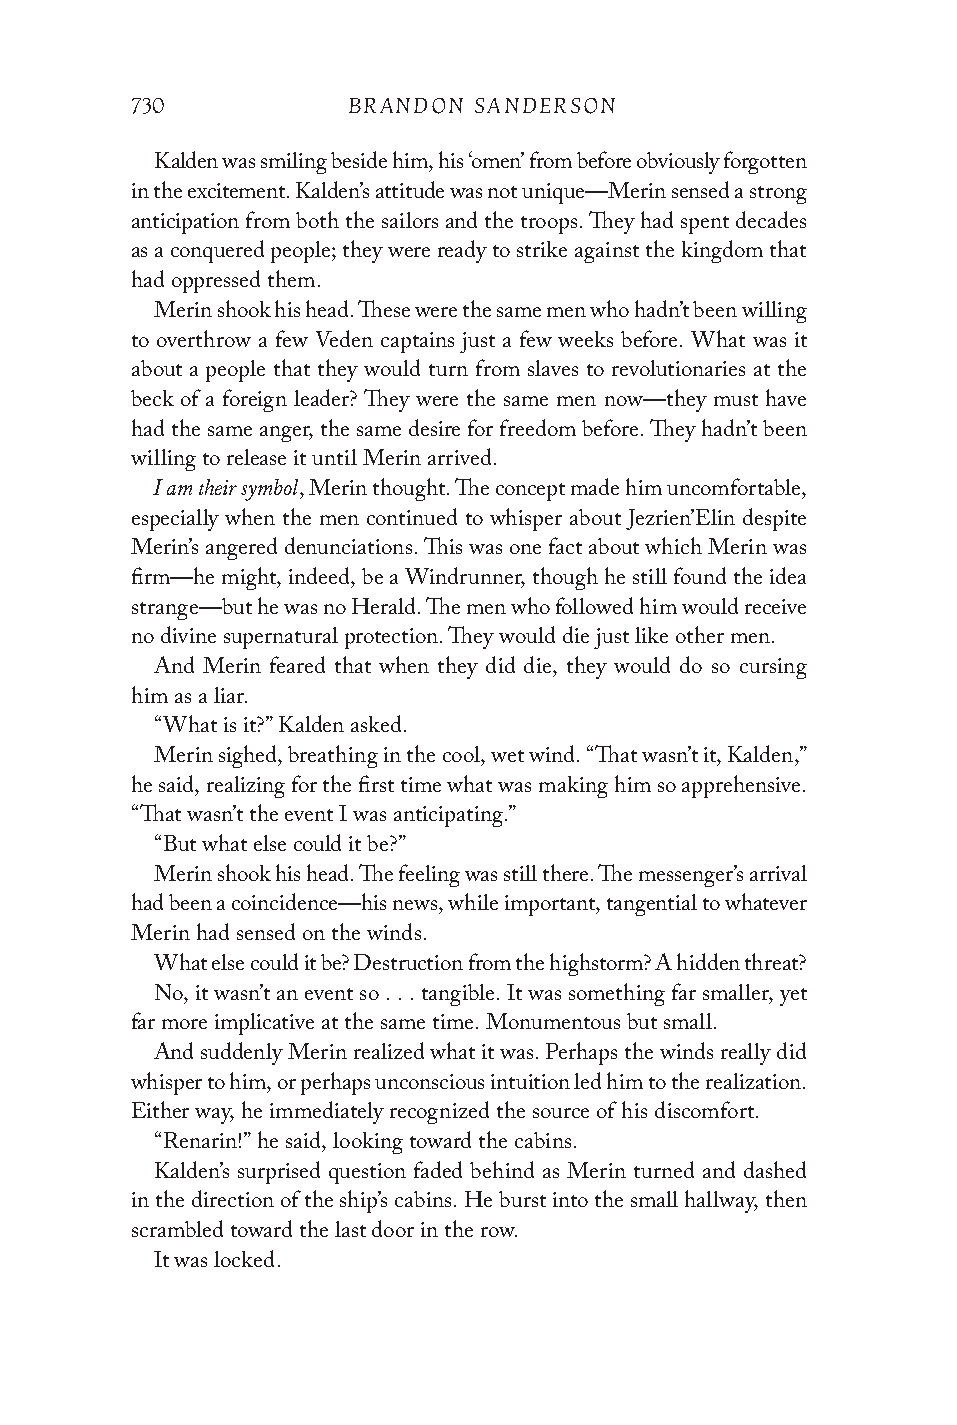
730           BRANDON SANDERSON
 Kalden was smiling beside him, his ‘omen’ from before obviously forgotten
 in the excitement. Kalden’s attitude was not unique—Merin sensed a strong
 anticipation from both the sailors and the troops. They had spent decades
 as a conquered people; they were ready to strike against the kingdom that
 had oppressed them.
 Merin shook his head. These were the same men who hadn’t been willing
 to overthrow a few Veden captains just a few weeks before. What was it
 about a people that they would turn from slaves to revolutionaries at the
 beck of a foreign leader? They were the same men now—they must have
 had the same anger, the same desire for freedom before. They hadn’t been
 willing to release it until Merin arrived.
 I am their symbol
 , Merin thought. The concept made him uncomfortable,
 especially when the men continued to whisper about Jezrien’Elin despite
 Merin’s angered denunciations. This was one fact about which Merin was
 firm—he might, indeed, be a Windrunner, though he still found the idea
 strange—but he was no Herald. The men who followed him would receive
 no divine supernatural protection. They would die just like other men.
 And Merin feared that when they did die, they would do so cursing
 him as a liar.
 “What is it?” Kalden asked.
 Merin sighed, breathing in the cool, wet wind. “That wasn’t it, Kalden,”
 he said, realizing for the first time what was making him so apprehensive.
 “That wasn’t the event I was anticipating.”
 “But what else could it be?”
 Merin shook his head. The feeling was still there. The messenger’s arrival
 had been a coincidence—his news, while important, tangential to whatever
 Merin had sensed on the winds.
 What else could it be? Destruction from the highstorm? A hidden threat?
 No, it wasn’t an event so . . . tangible. It was something far smaller, yet
 far more implicative at the same time. Monumentous but small.
 And suddenly Merin realized what it was. Perhaps the winds really did
 whisper to him, or perhaps unconscious intuition led him to the realization.
 Either way, he immediately recognized the source of his discomfort.
 “Renarin!” he said, looking toward the cabins.
 Kalden’s surprised question faded behind as Merin turned and dashed
 in the direction of the ship’s cabins. He burst into the small hallway, then
 scrambled toward the last door in the row.
 It was locked.